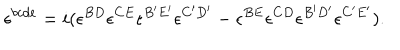
\epsilon ^ { b c d e } = i ( \epsilon ^ { B D } \epsilon ^ { C E } \epsilon ^ { B ^ { \prime } E ^ { \prime } } \epsilon ^ { C ^ { \prime } D ^ { \prime } } - \epsilon ^ { B E } \epsilon ^ { C D } \epsilon ^ { B ^ { \prime } D ^ { \prime } } \epsilon ^ { C ^ { \prime } E ^ { \prime } } ) .